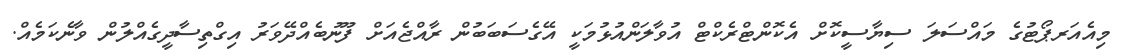
މިއެއަރޕޯޓުގެ މައްސަލަ ސިޔާސީކޮށް އެކޮންޓްރެކްޓް އުވާލަންއުޅުމަކީ އޭގެސަބަބުން ރާއްޖެއަށް ފޫނުބެއްދޭވަރު އިގްތިސާދީގެއްލުން ވާނެކަމެއް.